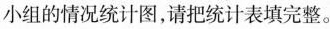
小组的情况统计图，请把统计表填完整。